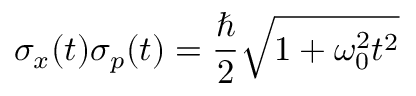
\sigma _ { x } ( t ) \sigma _ { p } ( t ) = { \frac { \hbar } { 2 } } { \sqrt { 1 + \omega _ { 0 } ^ { 2 } t ^ { 2 } } }